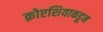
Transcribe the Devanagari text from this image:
क्रोएशियाकडून